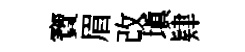
寶眉改塡肄